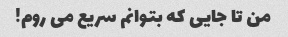
من تا جایی که بتوانم سریع می روم!